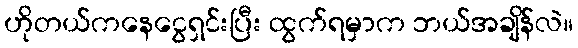
ဟိုတယ်ကနေငွေရှင်းပြီး ထွက်ရမှာက ဘယ်အချိန်လဲ။